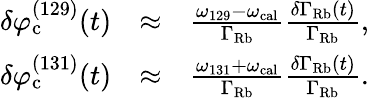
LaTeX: \begin{array}{rlr}{\delta\varphi_{\mathrm{c}}^{(129)}(t)}&{\approx}&{\frac{\omega_{129}-\omega_{\mathrm{cal}}}{\Gamma_{\mathrm{Rb}}}\frac{\delta\Gamma_{\mathrm{Rb}}(t)}{\Gamma_{\mathrm{Rb}}},}\\ {\delta\varphi_{\mathrm{c}}^{(131)}(t)}&{\approx}&{\frac{\omega_{131}+\omega_{\mathrm{cal}}}{\Gamma_{\mathrm{Rb}}}\frac{\delta\Gamma_{\mathrm{Rb}}(t)}{\Gamma_{\mathrm{Rb}}}.}\end{array}